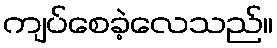
ကျပ်စေခဲ့လေသည်။